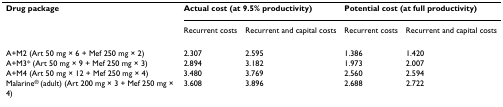
<table><thead><tr><td><b>Drug package</b></td><td colspan="2"><b>Actual cost (at 9.5% productivity)</b></td><td colspan="2"><b>Potential cost (at full productivity)</b></td></tr><tr><td></td><td><b>Recurrent costs</b></td><td><b>Recurrent and capital costs</b></td><td><b>Recurrent costs</b></td><td><b>Recurrent and capital costs</b></td></tr></thead><tbody><tr><td>A+M2 (Art 50 mg × 6 + Mef 250 mg × 2)</td><td>2.307</td><td>2.595</td><td>1.386</td><td>1.420</td></tr><tr><td>A+M3* (Art 50 mg × 9 + Mef 250 mg × 3)</td><td>2.894</td><td>3.182</td><td>1.973</td><td>2.007</td></tr><tr><td>A+M4 (Art 50 mg × 12 + Mef 250 mg × 4)</td><td>3.480</td><td>3.769</td><td>2.560</td><td>2.594</td></tr><tr><td>Malarine<sup>® </sup>(adult) (Art 200 mg × 3 + Mef 250 mg × 4)</td><td>3.608</td><td>3.896</td><td>2.688</td><td>2.722</td></tr></tbody></table>